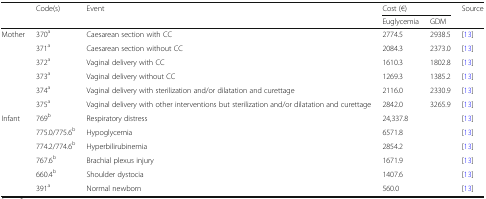
|  | Code(s) | Event | <COLSPAN=2> Cost (€) | Source |
 |  |  |  | Euglycemia | GDM |  |
 | --- | --- | --- | --- | --- | --- |
 | <ROWSPAN=6> Mother | 370a | Caesarean section with CC | 2774.5 | 2938.5 | [13] |
 | 371a | Caesarean section without CC | 2084.3 | 2373.0 | [13] |
 | 372a | Vaginal delivery with CC | 1610.3 | 1802.8 | [13] |
 | 373a | Vaginal delivery without CC | 1269.3 | 1385.2 | [13] |
 | 374a | Vaginal delivery with sterilization and/or dilatation and curettage | 2116.0 | 2330.9 | [13] |
 | 375a | Vaginal delivery with other interventions but sterilization and/or dilatation and curettage | 2842.0 | 3265.9 | [13] |
 | <ROWSPAN=6> Infant | 769b | Respiratory distress | <COLSPAN=2> 24,337.8 | [13] |
 | 775.0/775.6b | Hypoglycemia | <COLSPAN=2> 6571.8 | [13] |
 | 774.2/774.6b | Hyperbilirubinemia | <COLSPAN=2> 2854.2 | [13] |
 | 767.6b | Brachial plexus injury | <COLSPAN=2> 1671.9 | [13] |
 | 660.4b | Shoulder dystocia | <COLSPAN=2> 1407.6 | [13] |
 | 391a | Normal newborn | <COLSPAN=2> 560.0 | [13] |